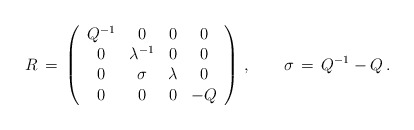
\begin{align*}R\,=\,\left(\begin{array}{cccc}Q^{-1} & 0 & 0 & 0 \\0 & \lambda ^{-1} & 0 & 0 \\0 & \sigma & \lambda & 0 \\0 & 0 & 0 & -Q\end{array}\right)\,, \qquad\sigma \,=\,Q^{-1}-Q\,.\end{align*}